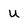
Character: u